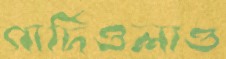
গার্দিওলাও